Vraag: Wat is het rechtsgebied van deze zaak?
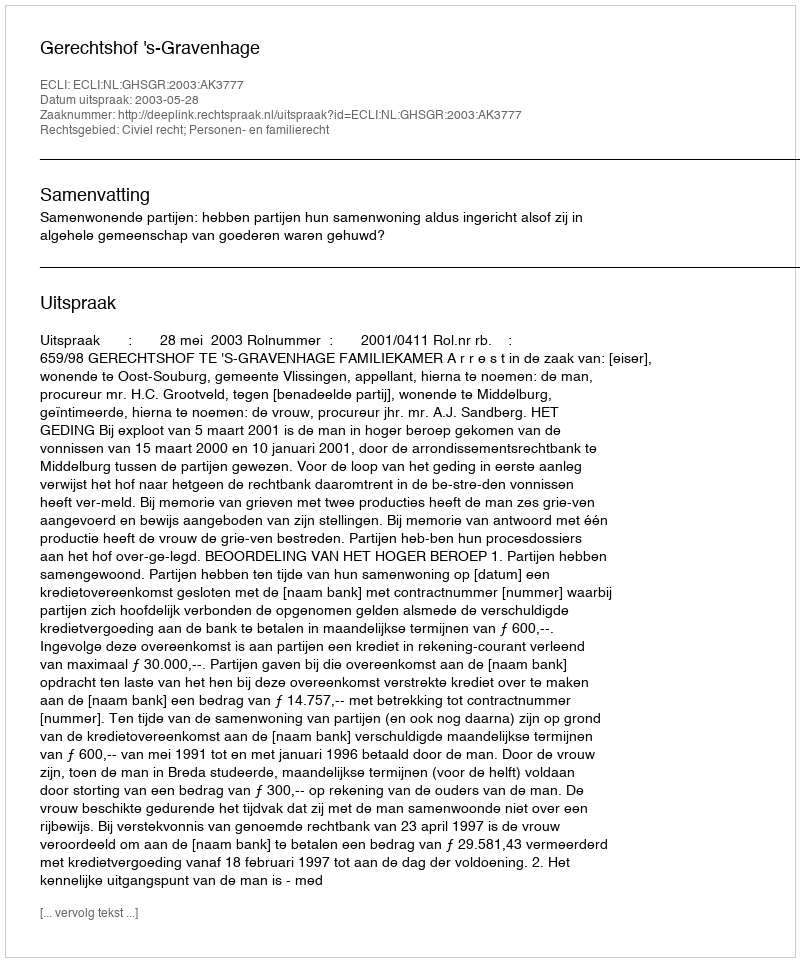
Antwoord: Civiel recht; Personen- en familierecht